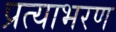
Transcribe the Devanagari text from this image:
प्रत्याभरण